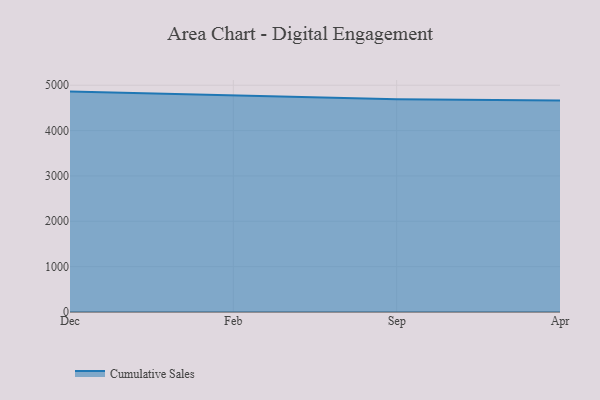
{"axis": {"x": "Month", "y": "Active Users"}, "legend": ["Cumulative Sales"], "data": [{"x": "Dec", "y": 4859.7, "type": "Cumulative Sales"}, {"x": "Feb", "y": 4768.6, "type": "Cumulative Sales"}, {"x": "Sep", "y": 4688.4, "type": "Cumulative Sales"}, {"x": "Apr", "y": 4663.2, "type": "Cumulative Sales"}]}